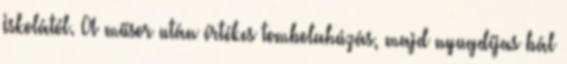
Iskolától. A műsor után értékes tombolahúzás, majd nyugdíjas bál